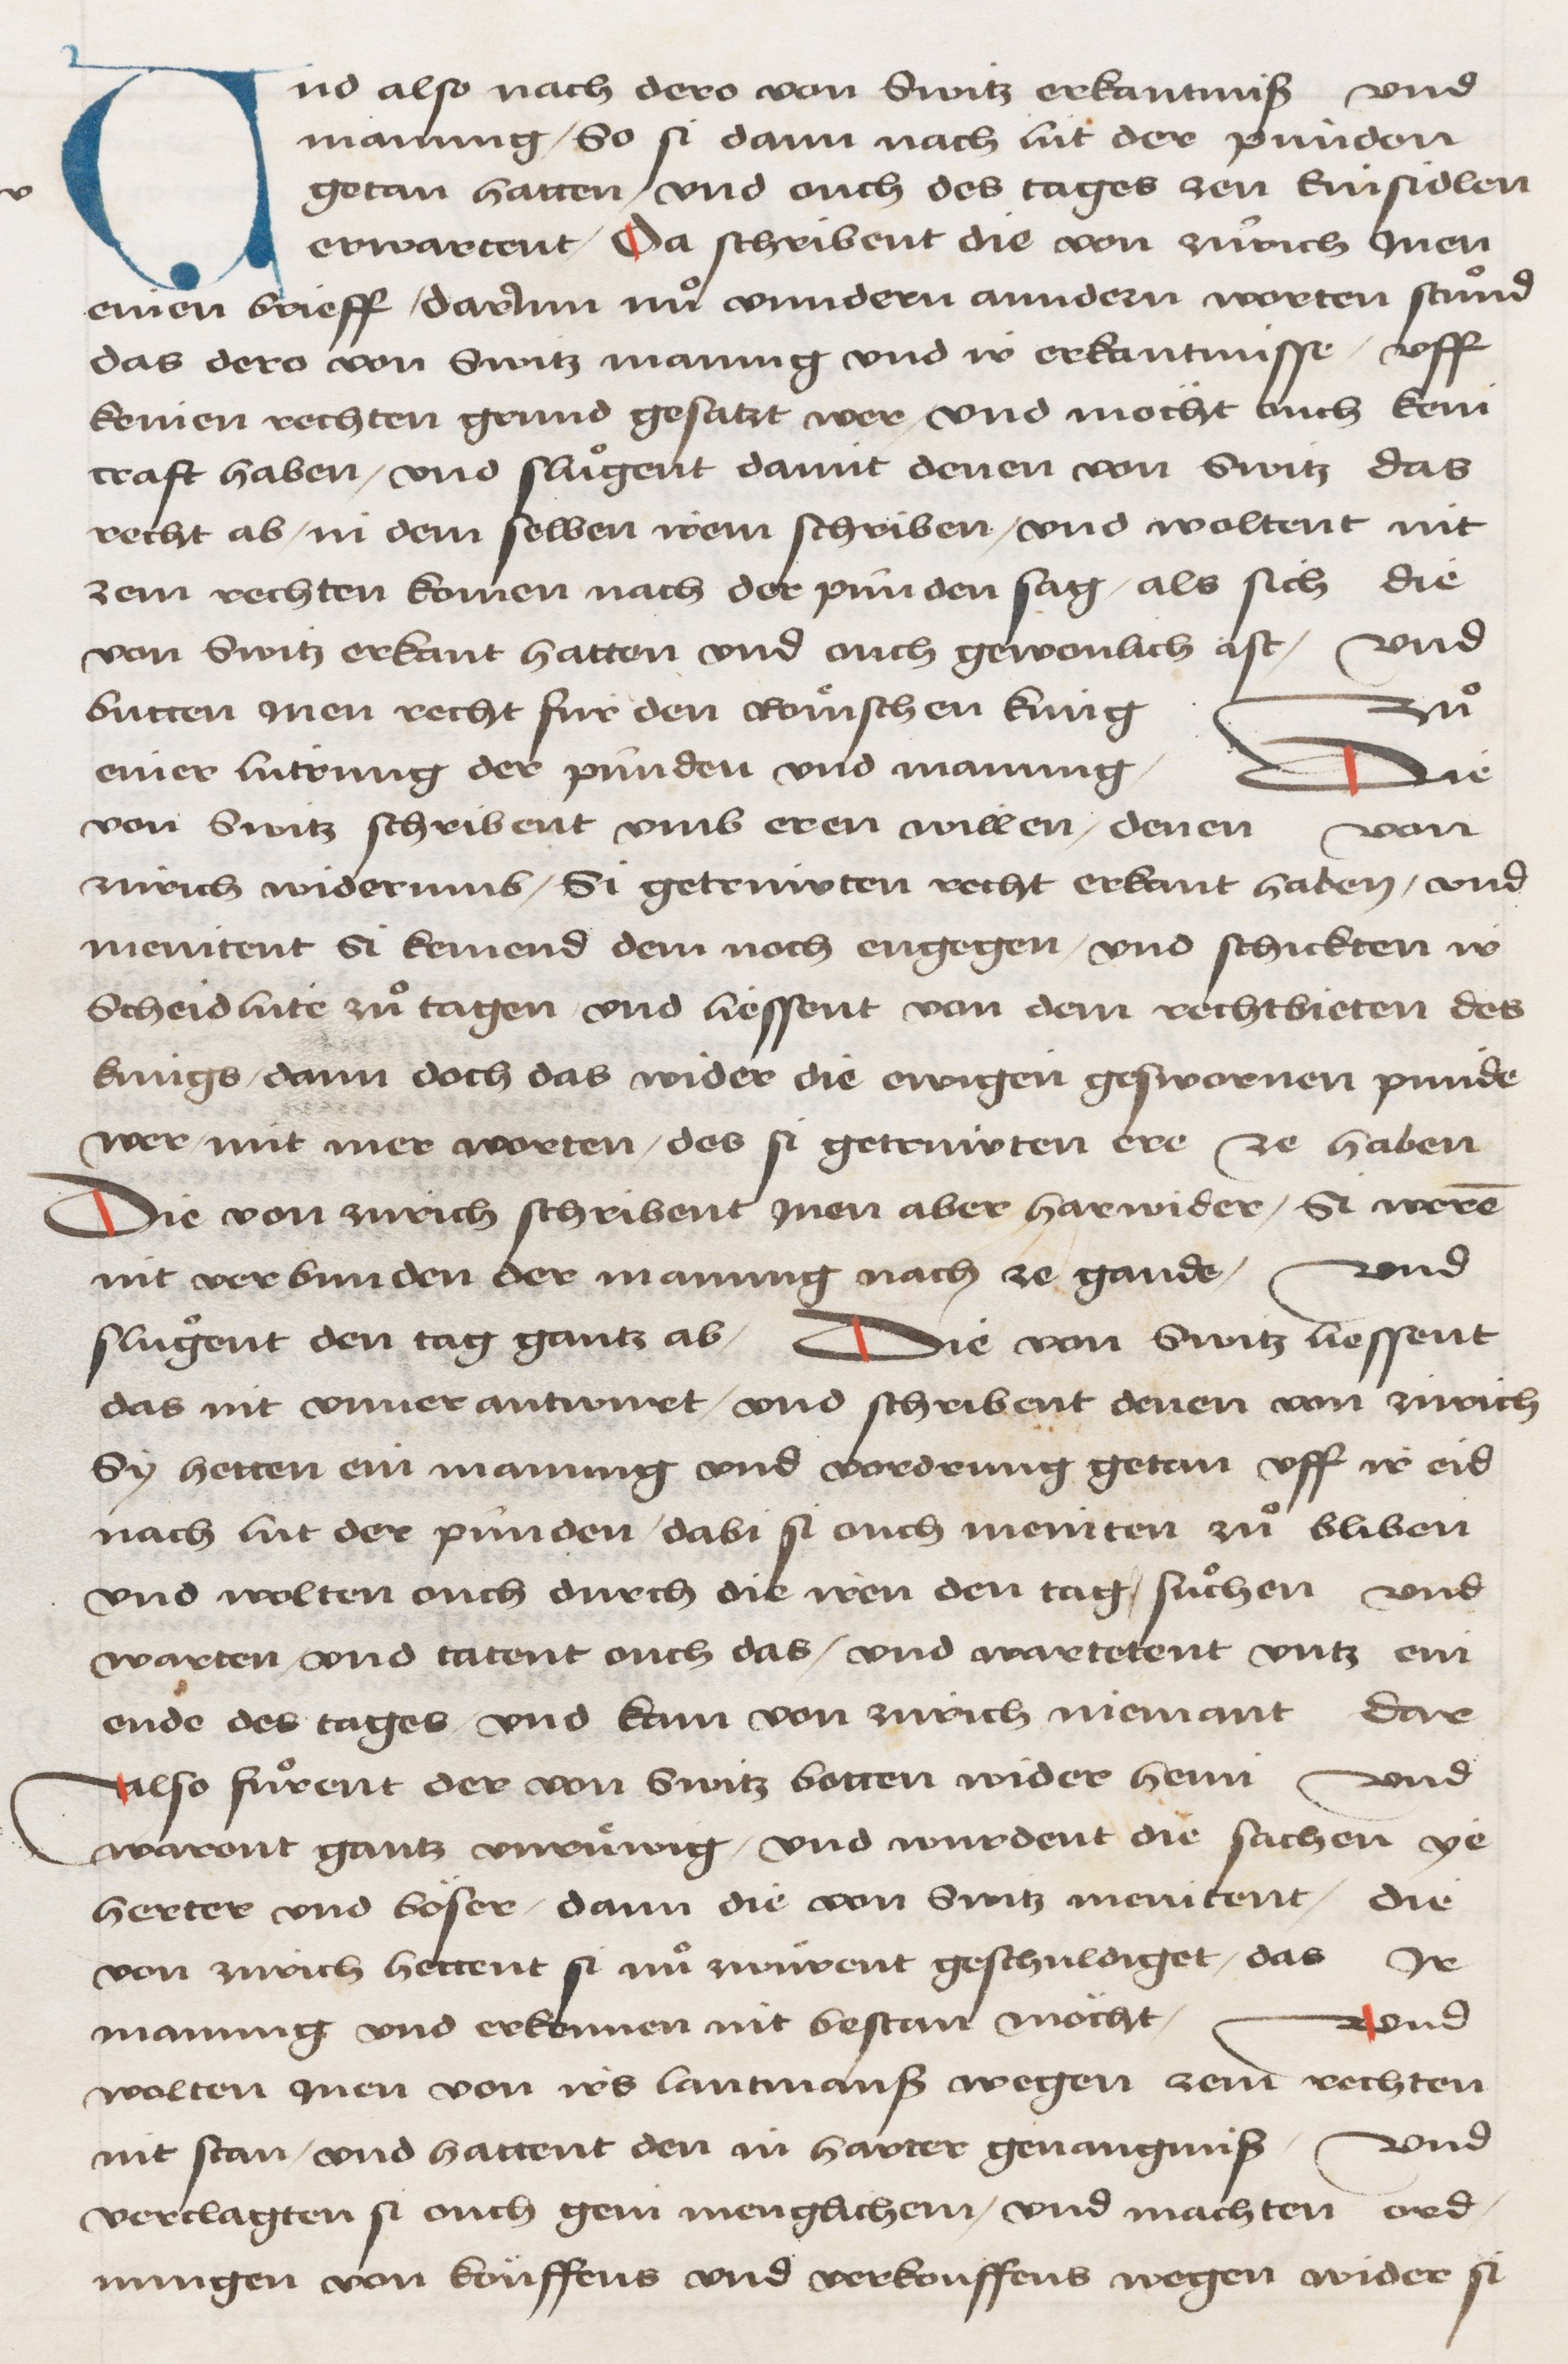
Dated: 1478–1483